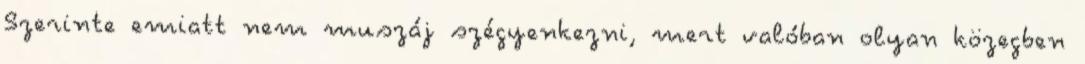
Szerinte emiatt nem muszáj szégyenkezni, mert valóban olyan közegben